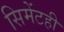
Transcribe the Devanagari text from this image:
सिमेंटही